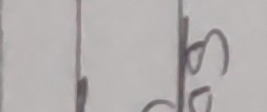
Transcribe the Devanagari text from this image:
२३